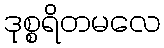
ဒုစ္စရိတမလေ